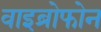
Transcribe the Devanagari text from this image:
वाइब्रोफोन